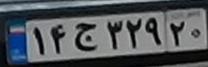
۱۴ج۳۲۹۲۰